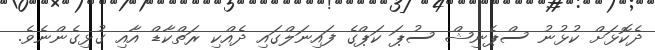
ދެކޮޅަށް ކުޅުނު ސްޕެނިޝް ސުޕަ ކަޕްގެ ފައިނަލްގައި ދެއްކި ރަތްކާޑް އާއި ގުޅިގެންނެވެ.